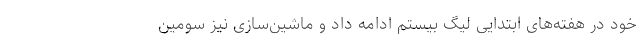
خود در هفته‌های ابتدایی لیگ بیستم ادامه داد و ماشین‌سازی نیز سومین